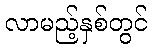
လာမည့်နှစ်တွင်